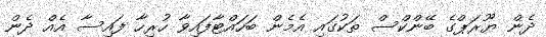
ދެން ޔޫރަޕްގެ ބޭންކްސް ތަކުގައި އެމެން ބަހައްޓާފައިވާ ހުރިހާ ފައިސާ އެއް ދެން